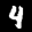
Label: 4